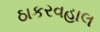
ઠાકરવહાલ